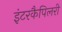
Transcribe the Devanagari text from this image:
इंटरकैपिलरी